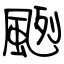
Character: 颲